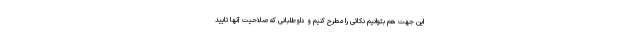
این جهت هم بتوانیم نکاتی را مطرح کنیم و داوطلبانی که صلاحیت آنها تایید